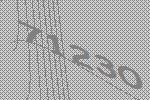
71230